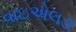
વાઇએલ૭